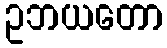
ဥဘယတော